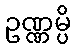
ဥဏ္ဏမ္ပိ